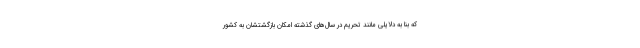
که بنا به دلایلی مانند تحریم در سال‌های گذشته امکان بازگشتشان به کشور